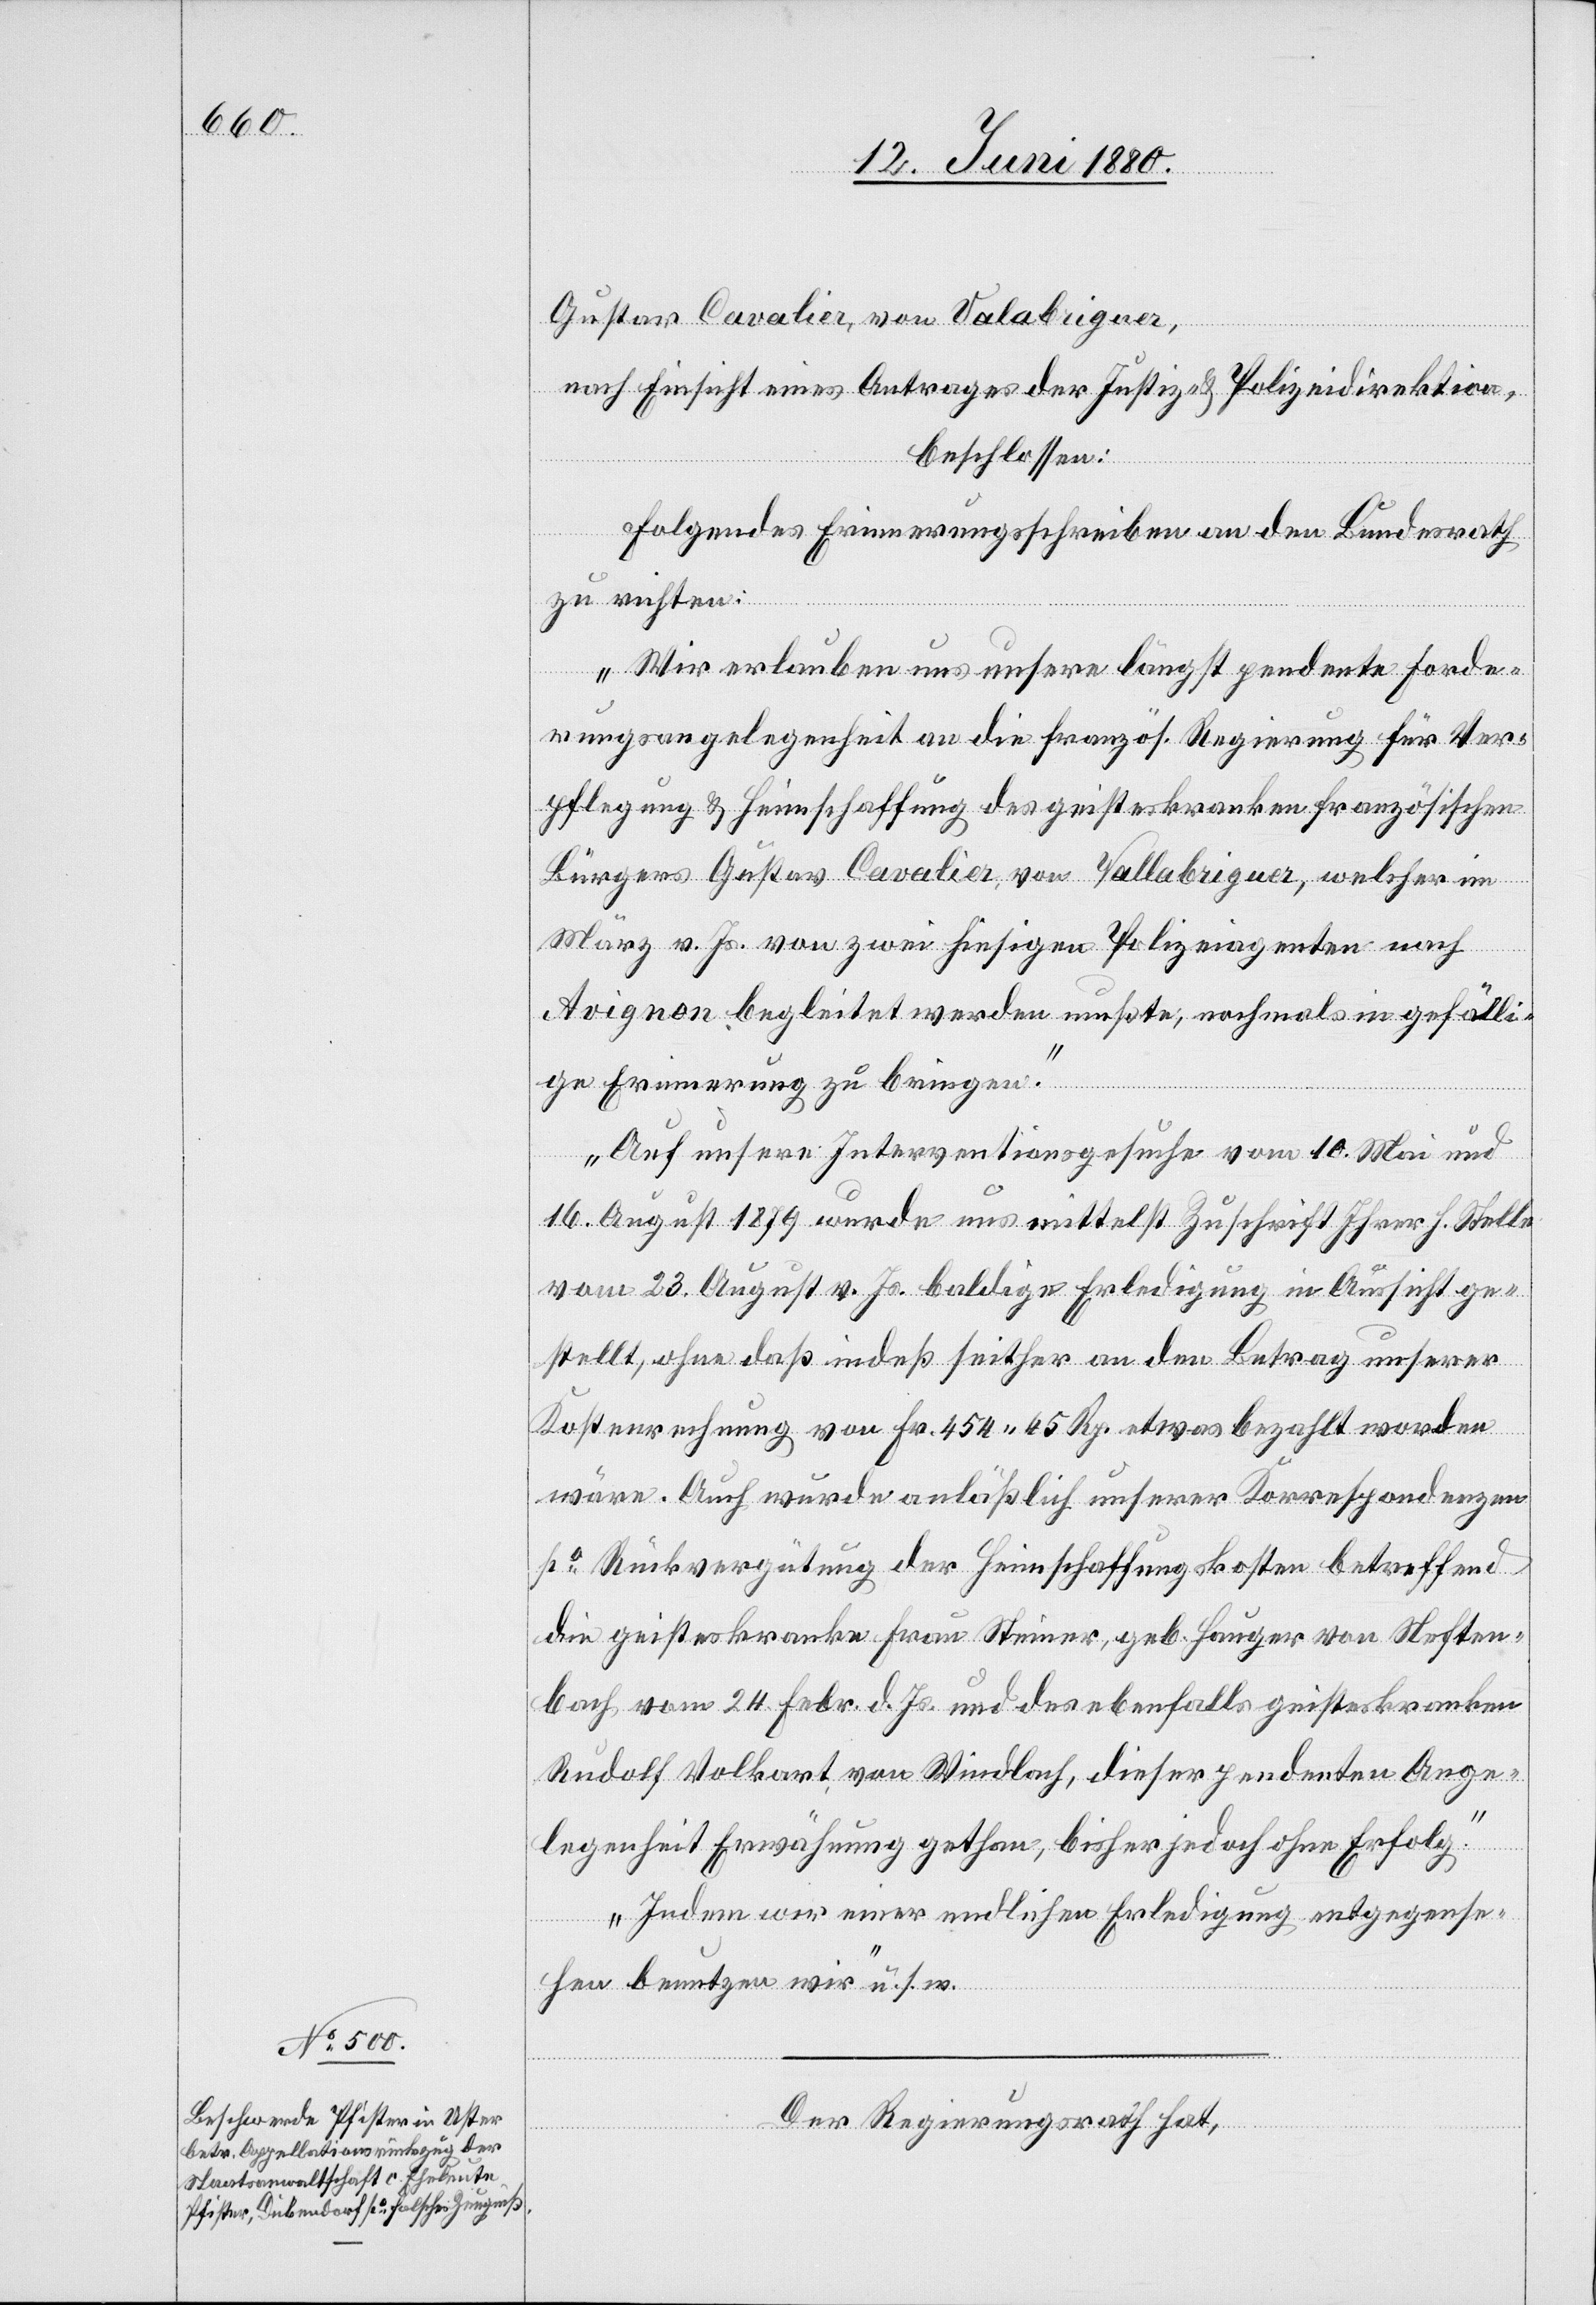
Gustav Cavalier, von Valabriguer,
nach Einsicht eines Antrages der Justiz- & Polizeidirektion,
beschlossen:
Folgendes Erinnerungsschreiben an den Bundesrath
zu richten:
„Wir erlauben uns unsere längst pendente Forde¬
rungsangelegenheit an die französ. Regierung für Ver¬
pflegung & Heimschaffung des geisteskranken französischen
Bürgers Gustav Cavalier von Vallabriguer, welcher im
März v. Js. von zwei hiesigen Polizeiagenten nach
Avignon begleitet werden mußte, nochmals in gefälli¬
ge Erinnerung zu bringen.
Auf unsere Interventionsgesuche vom 10. Mai und
16. August 1879 wurde uns mittelst Zuschrift Ihrer h. Stelle
vom 23. August v. Js. baldige Erledigung in Aussicht ge¬
stellt, ohne daß indeß seither an den Betrag unserer
Kostenrechnung von Fr. 454. 45 Rp. etwas bezahlt worden
wäre. Auch wurde anläßlich unserer Korrespondenzen
po Rückvergütung der Heimschaffungskosten betreffend
die geisteskranke Frau Steiner, geb. Hauger von Neften¬
bach vom 24. Febr. d. Js. und des ebenfalls geisteskranken
Rudolf Volkart von Windlach, dieser pendenten Ange¬
legenheit Erwähnung gethan, bisher jedoch ohne Erfolg.
Indem wir einer endlichen Erledigung entgegense¬
hen benutzen wir“ u. s. w.
Der Regierungsrath hat,